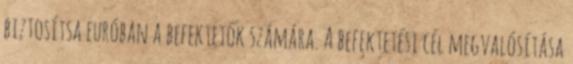
biztosítsa euróban a befektetők számára. A befektetési cél megvalósítása